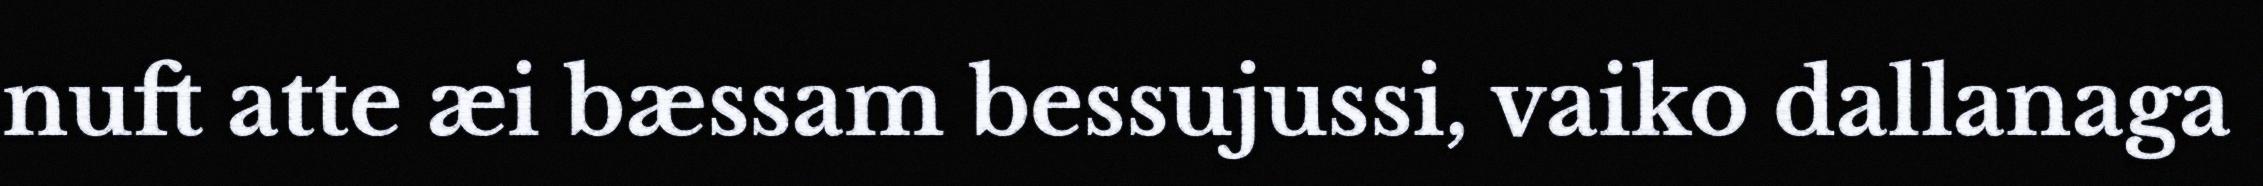
nuft atte æi bæssam bessujussi, vaiko dallanaga